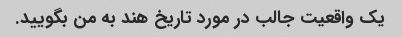
یک واقعیت جالب در مورد تاریخ هند به من بگویید.